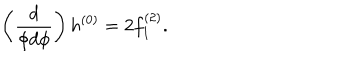
\left( \frac { d } { \phi d \phi } \right) h ^ { ( 0 ) } = 2 f _ { 1 } ^ { ( 2 ) } .